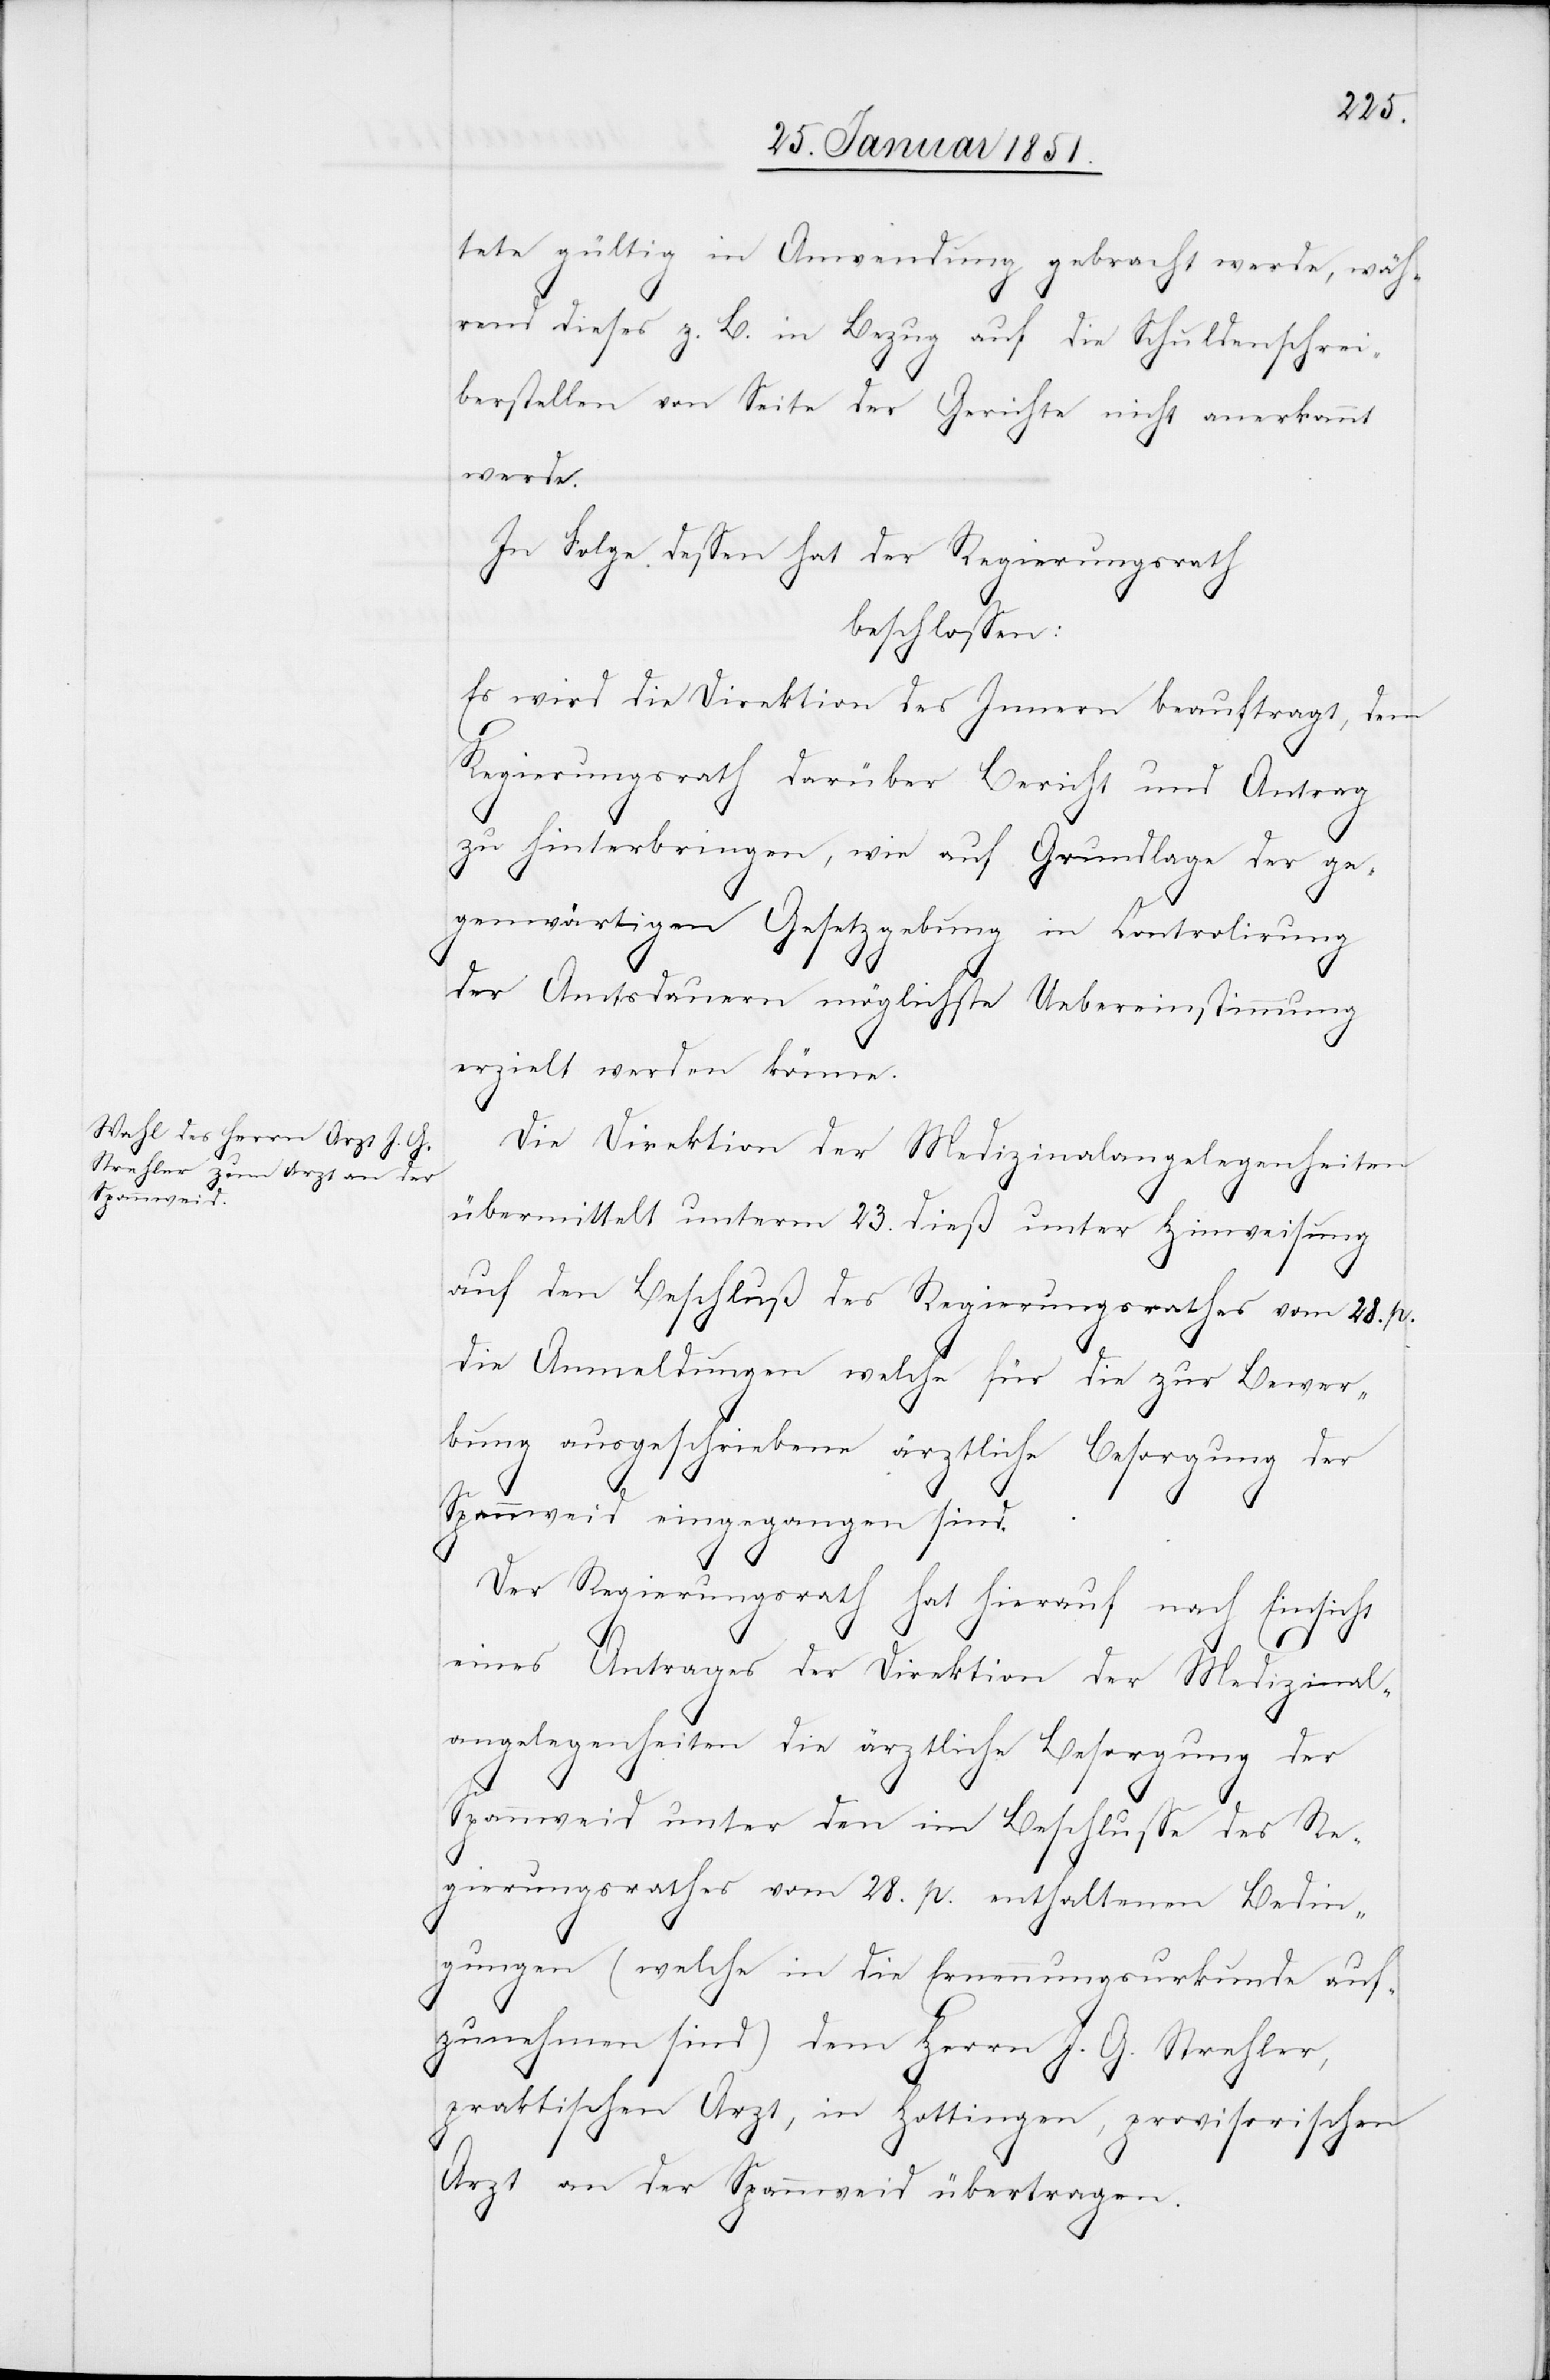
tete gültig in Anwendung gebracht werde, wäh¬
rend dieses z. B. in Bezug auf die Schuldenschrei¬
berstellen von Seite der Gerichte nicht anerkannt
werde.
In Folge dessen hat der Regierungsrath
beschlossen:
Es wird die Direktion des Innern beauftragt, dem
Regierungsrath darüber Bericht und Antrag
zu hinterbringen, wie auf Grundlage der ge¬
genwärtigen Gesetzgebung in Controlirung
der Amtsdauern möglichste Uebereinstimmung
erzielt werden könne.
Die Direktion der Medizinalangelegenheiten
übermittelt unterm 23. dieß unter Hinweisung
auf den Beschluß des Regierungsrathes vom 28. p.
die Anmeldungen welche für die zur Bewer¬
bung ausgeschriebene ärztliche Besorgung der
Spannweid eingegangen sind.
Der Regierungsrath hat hierauf nach Einsicht
eines Antrages der Direktion der Medizinal¬
angelegenheiten die ärztliche Besorgung der
Spannweid unter den im Beschlusse des Re¬
gierungsrathes vom 28. p. enthaltenen Bedin¬
gungen (welche in die Ernennungsurkunde auf¬
zunehmen sind) dem Herrn J. G. Strehler,
praktischen Arzt, in Hottingen, provisorischen
Arzt an der Spannweid übertragen.